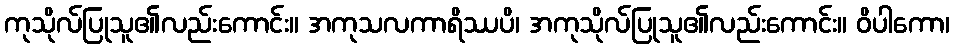
ကုသိုလ်ပြုသူ၏လည်းကောင်း။ အကုသလကာရိဿပိ၊ အကုသိုလ်ပြုသူ၏လည်းကောင်း။ ဝိပါကော၊